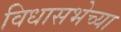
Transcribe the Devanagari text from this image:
विधासभेच्या